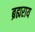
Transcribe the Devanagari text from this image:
ब्रह्यराय